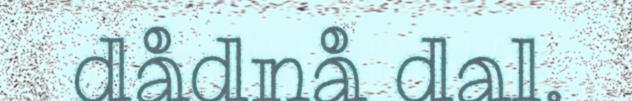
dådnå dal.